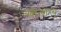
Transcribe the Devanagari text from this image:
खोलोंग्चू